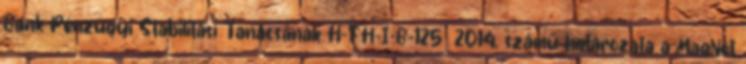
Bank Pénzügyi Stabilitási Tanácsának H-FH-I-B-125 2014. számú határozata a MagNet